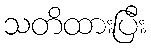
သတိထားပြီး